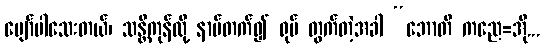
ပျော်ပါသေးတယ်၊ သန္တိကုန်လို့ နာမ်တက်၍ ရုပ် တွက်တဲ့အခါ “ဘောတိ ကညေ=အို...